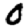
Digit: 0